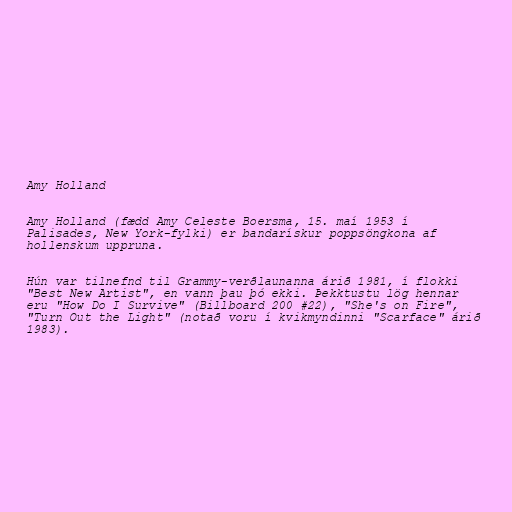
Amy Holland

Amy Holland (fædd Amy Celeste Boersma, 15. maí 1953 í
Palisades, New York-fylki) er bandarískur poppsöngkona af
hollenskum uppruna.

Hún var tilnefnd til Grammy-verðlaunanna árið 1981, í flokki
"Best New Artist", en vann þau þó ekki. Þekktustu lög hennar
eru "How Do I Survive" (Billboard 200 #22), "She's on Fire",
"Turn Out the Light" (notað voru í kvikmyndinni "Scarface" árið
1983).